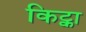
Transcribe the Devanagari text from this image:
किट्का